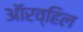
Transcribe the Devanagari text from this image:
ऑरव्हिल